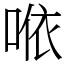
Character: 𠵱